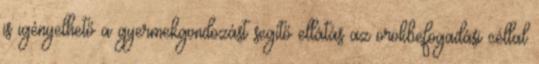
is igényelhető a gyermekgondozást segítő ellátás az örökbefogadási céllal